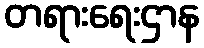
တရားရေးဌာန